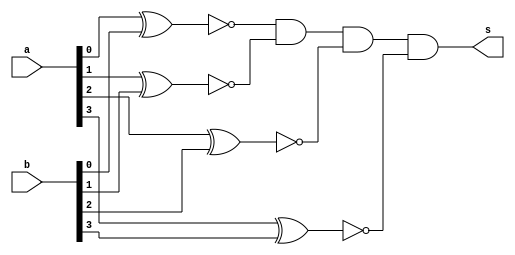
// -------------------------
// Exemplo0023 - Igualdade
// Nome: Daniel Telles McGinnis
// -------------------------
// Previso:
// A sada ser um valor lgico indicando
// se as entradas (4 bits cada) so iguais.
// Teste 1:
// Entradas: [a = 0000 e b = 0000], [a = 1111 e b = 1111],
// [a = 0101 e b = 1111] e [a = 1010 e b = 0000]
// Observaes da sada:
// Estes testes no so exaustivos pois no
// so testados todas as possveis combinaes
// de entrada, mas os testes que foram feitos
// deram certo.
// -------------------------
// igualdade
// -------------------------
module igualdade (output s,
           input [3:0] a, input [3:0] b);
	wire [3:0] intermediario;
	xnor N0 (intermediario[0], a[0], b[0]);
	xnor N1 (intermediario[1], a[1], b[1]);
	xnor N2 (intermediario[2], a[2], b[2]);
	xnor N3 (intermediario[3], a[3], b[3]);
	and N4 (s, intermediario[0], intermediario[1], intermediario[2], intermediario[3]);
endmodule // igualdade

module test_igualdade;
	// ------------------------- definir dados
	reg [3:0] x;
	reg [3:0] y;
	wire s;
	igualdade modulo (s, x, y);
	// ------------------------- parte principal
	initial begin
		$display("Exemplo0023 - Daniel Telles McGinnis - 435042");
		$display("Test LU's module");
		
		x = 4'b0000; y = 4'b0000;
		#1 $display("igualdade(%b, %b) = %b", x, y, s);
		
		x = 4'b1111; y = 4'b1111;
		#1 $display("igualdade(%b, %b) = %b", x, y, s);

		x = 4'b0101; y = 4'b1111;
		#1 $display("igualdade(%b, %b) = %b", x, y, s);

		x = 4'b1010; y = 4'b0000;
		#1 $display("igualdade(%b, %b) = %b", x, y, s);
	end
endmodule // test_igualdade